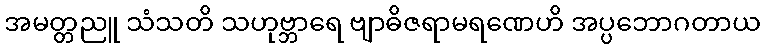
အမတ္တညူ သံသတိ သဟုဗ္ဘာရေ ဗျာဓိဇရာမရဏေဟိ အပ္ပဘောဂတာယ